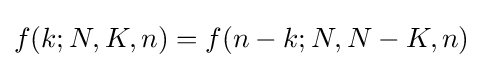
f(k;N,K,n)=f(n-k;N,N-K,n)